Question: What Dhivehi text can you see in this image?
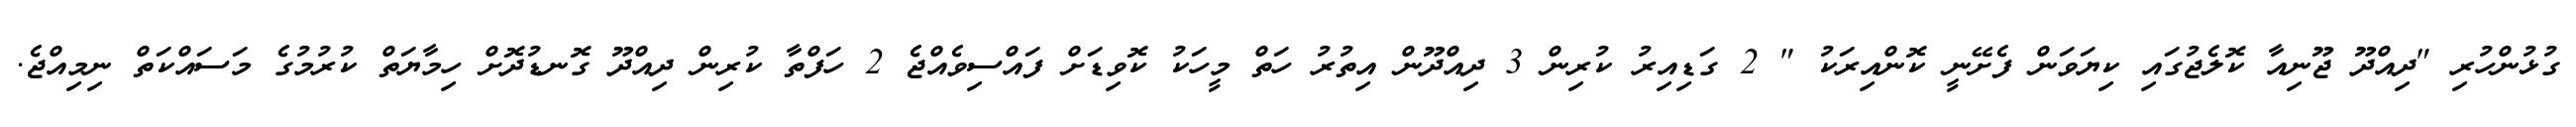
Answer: ގުޅުންހުރި "ދިއްދޫ ޖޫނިއާ ކޮލެޖުގައި ކިޔަވަން ފެށޭނީ ކޮންއިރަކު " 2 ގަޑިއިރު ކުރިން 3 ދިއްދޫން އިތުރު ހަތް މީހަކު ކޮވިޑަށް ފައްސިވެއްޖެ 2 ހަފްތާ ކުރިން ދިއްދޫ ގޮނޑުދޮށް ހިމާޔަތް ކުރުމުގެ މަސައްކަތް ނިމިއްޖެ.